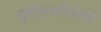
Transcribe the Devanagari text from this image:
दुर्चीत्रावानिवरचा